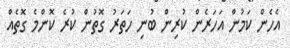
އެހެން ކަމުން އަހަރެން ކުރިން ބުނި ހަތަރު ގޮތުން ކުރެ ކޮންމެ ގޮތެއް